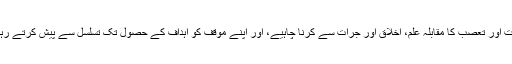
ہمیں جہالت اور تعصب کا مقابلہ علم، اخلاق اور جرات سے کرنا چاہیے، اور اپنے موقف کو اہداف کے حصول تک تسلسل سے پیش کرتے رہنا چاہیے۔